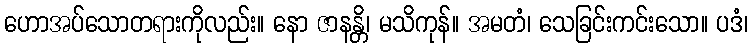
ဟောအပ်သောတရားကိုလည်း။ နော ဇာနန္တိ၊ မသိကုန်။ အမတံ၊ သေခြင်းကင်းသော။ ပဒံ၊